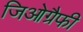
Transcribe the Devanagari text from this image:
जिओग्रैफी